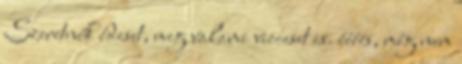
Szeretnék édeset, meg valami vicceset is. éééés, még nem